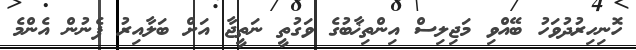
ހޮނިހިރުދުވަހު ބޭއްވި މަޖިލިސް އިންތިޚާބުގެ ވަގުތީ ނަތީޖާ އަށް ބަލާއިރު ފެނުން އެންމެ